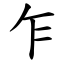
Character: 乍